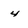
Character: 4